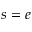
s = e